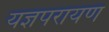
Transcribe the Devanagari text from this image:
यज्ञपरायण